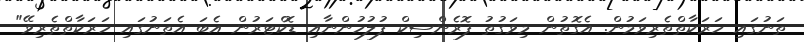
ތަނުގައި ހަރަކާތްތެރިވަމުން. އެގޮތުން މިވަގުތު ފޮރެންސިކް ފުލުހުންނާއި ޑޮކްޓަރުން އެބަ އެތަނުގައި ހަރަކާތްތެރިވޭ"